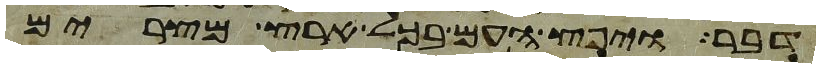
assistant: דבר ויפץ העם בכל ארץ מצרים